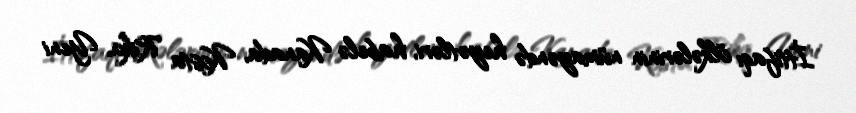
İttifaqı ölkələrinin nümayəndə heyətləri, habelə Kanada, Kosta Rika, Yeni